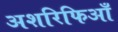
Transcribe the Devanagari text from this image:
अशरिफिआँ